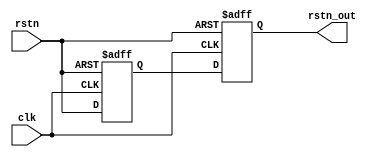
//
module asyn_rstn_syn_re(
    input      clk      ,
    input      rstn     ,
    output reg rstn_out
);
 
reg rstn_1;
 
always @(posedge clk or negedge rstn)begin
    if(!rstn)begin
        rstn_1   <= 1'b0;
        rstn_out <= 1'b0;
    end
    else begin
        rstn_1   <= rstn;
        rstn_out <= rstn_1;
    end
end
 
endmodule